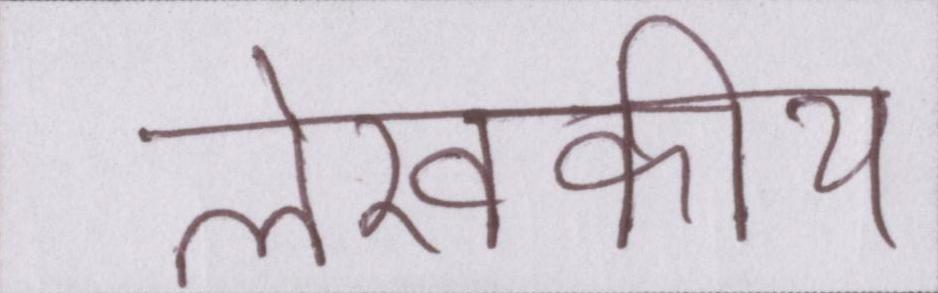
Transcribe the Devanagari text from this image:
लेखकीय